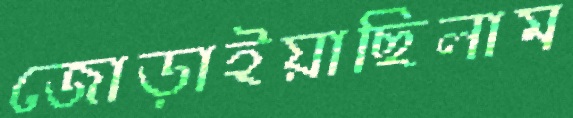
জোড়াইয়াছিলাম